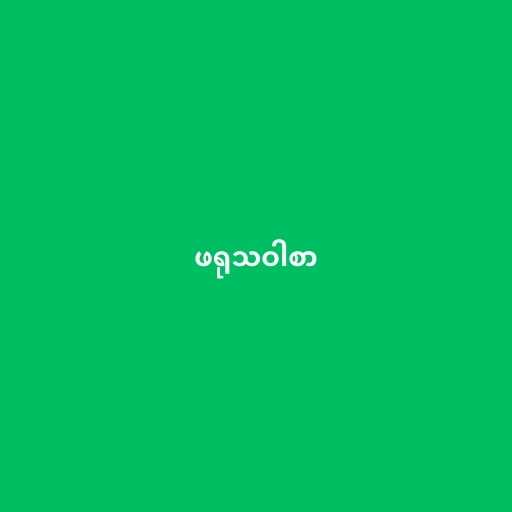
ဖရုသဝါစာ